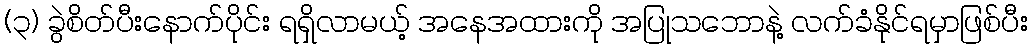
(၃) ခွဲစိတ်ပီးနောက်ပိုင်း ရရှိလာမယ့် အနေအထားကို အပြုသဘောနဲ့ လက်ခံနိုင်ရမှာဖြစ်ပီး